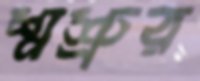
শ্মশ্রুর